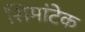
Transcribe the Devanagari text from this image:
सिमांटेक